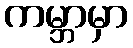
ကမ္ဘာမှာ